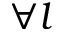
\forall { l }